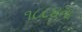
૧૮૮૪ના